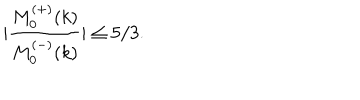
| \frac { M _ { 0 } ^ { ( + ) } ( k ) } { M _ { 0 } ^ { ( - ) } ( k ) } | \leq 5 / 3 .